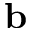
\mathbf { b }